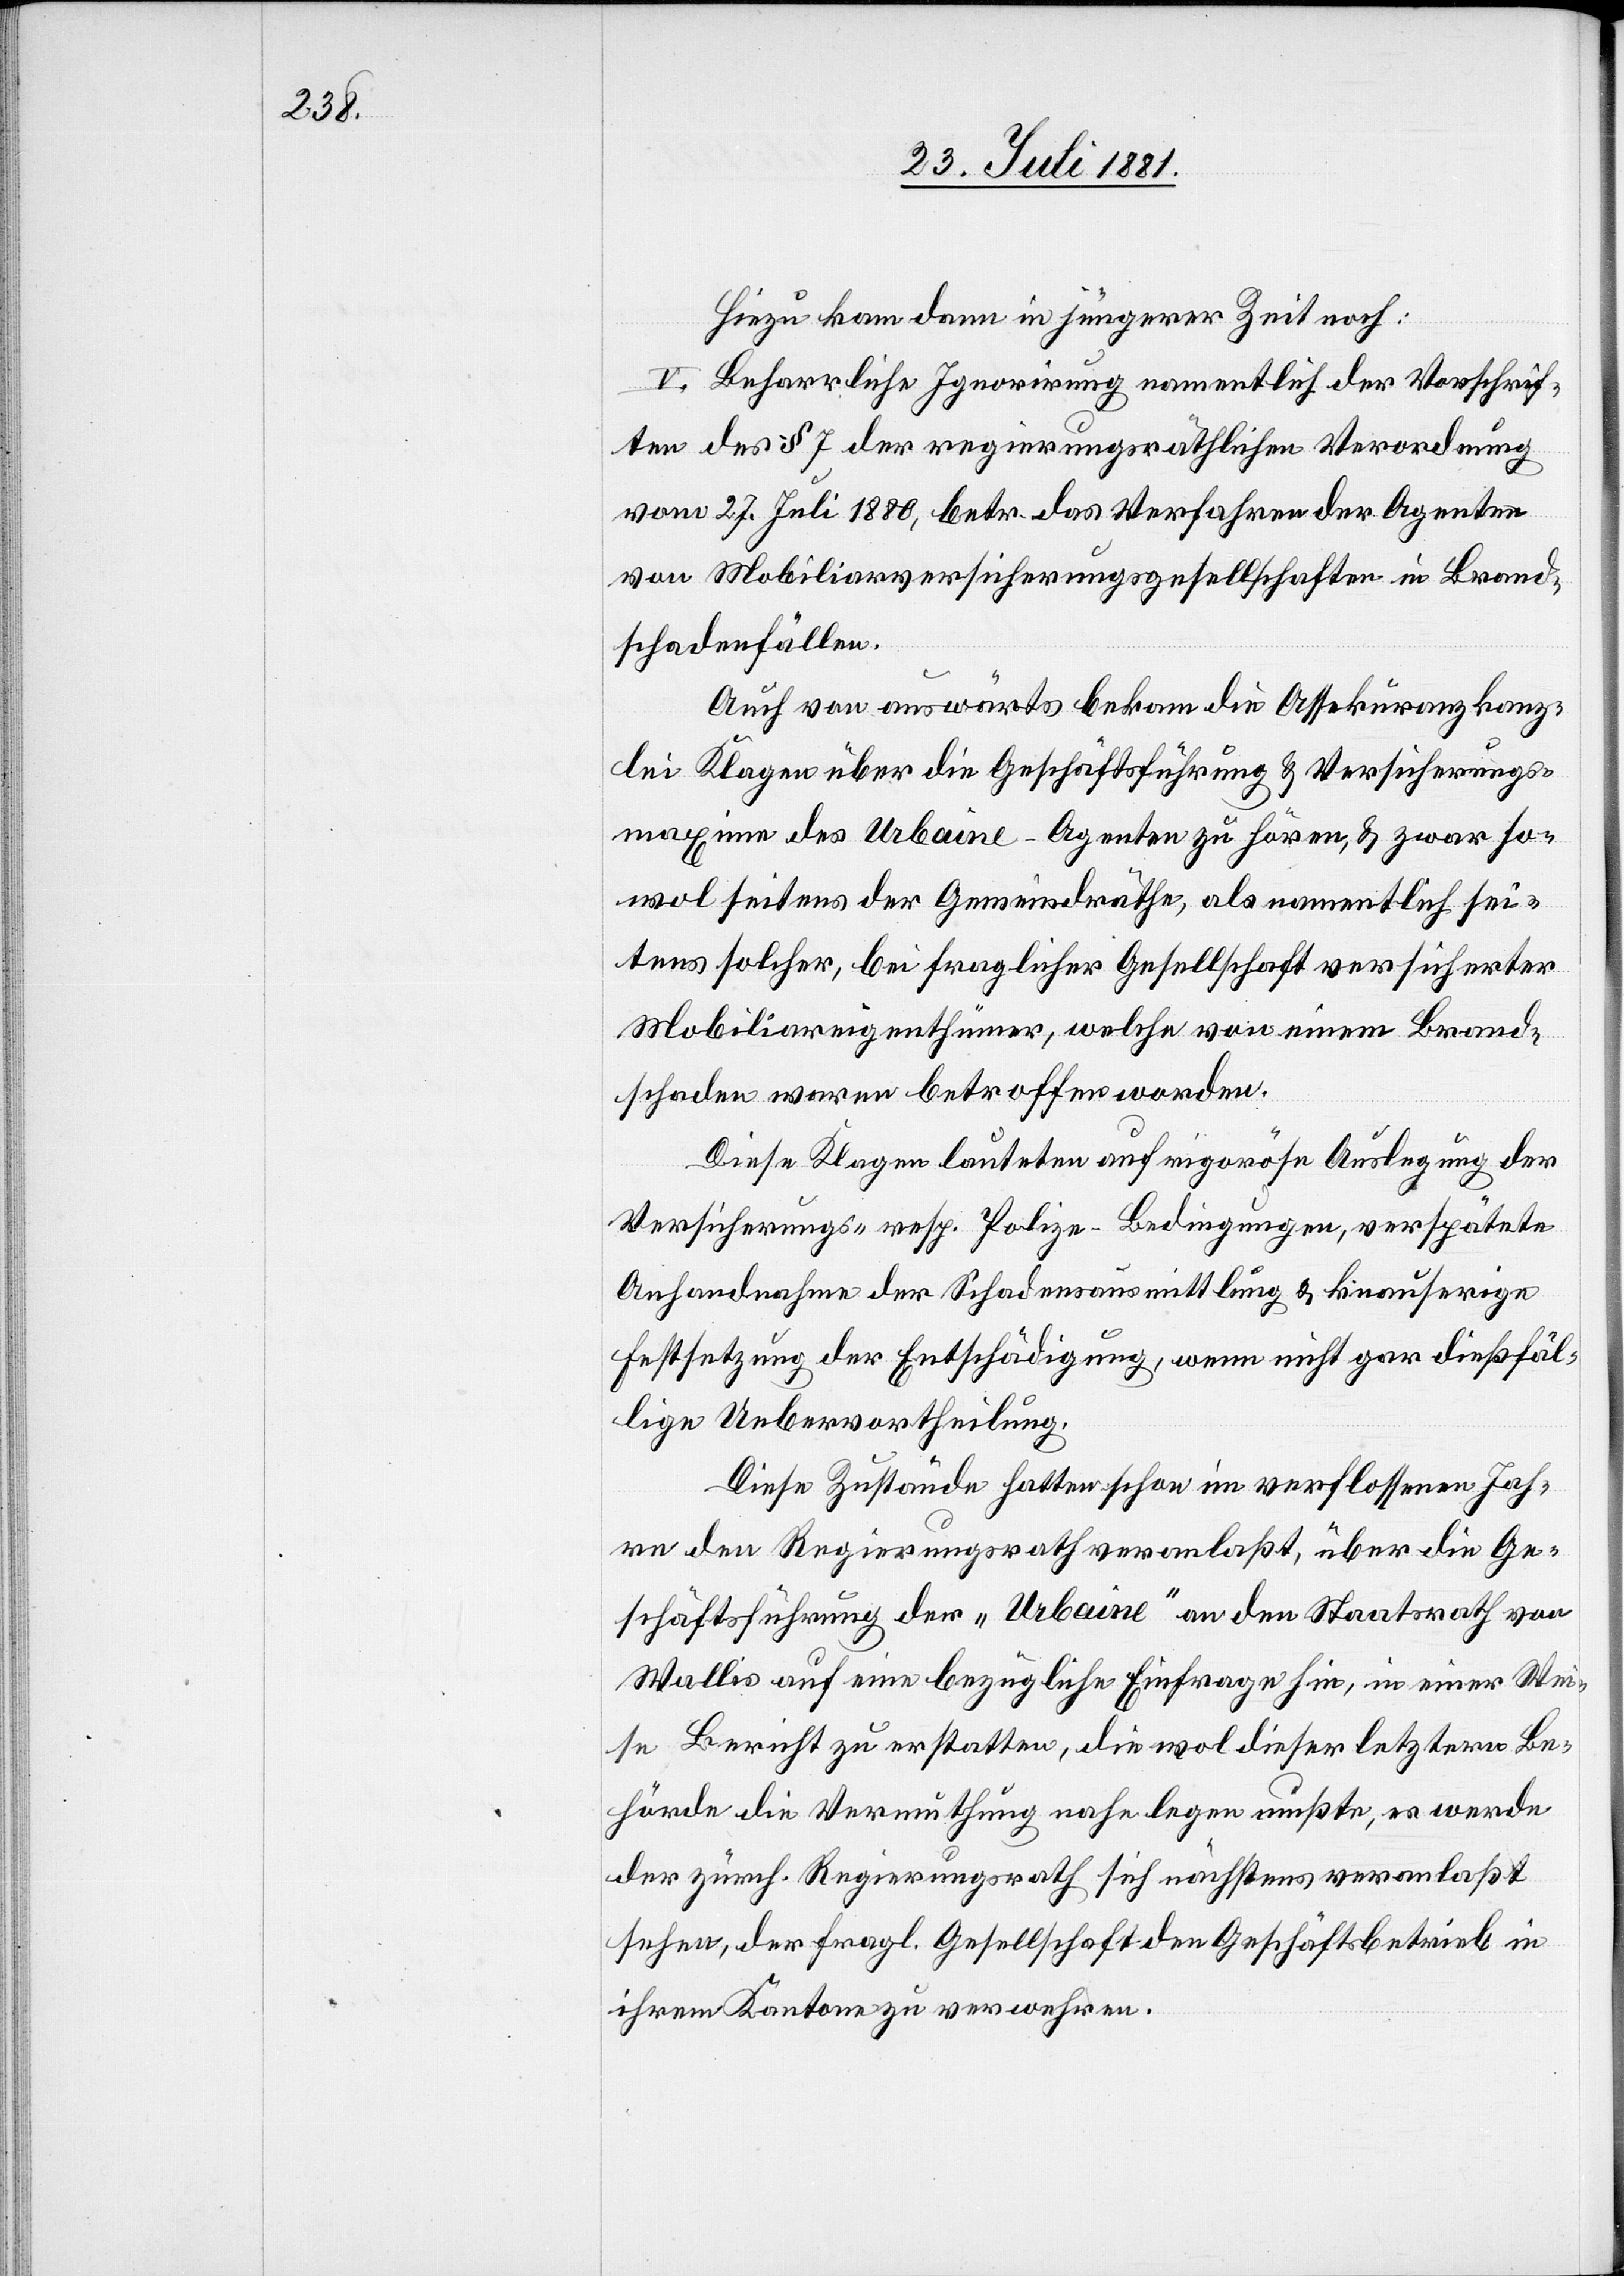
Hiezu kam dann in jüngerer Zeit noch:
V. Beharrliche Ignorirung namentlich der Vorschrif¬
ten des § 7 der regierungsräthlichen Verordnung
vom 27. Juli 1880, betr. das Verfahren der Agenten
von Mobiliarversicherungsgesellschaften in Brand¬
schadenfällen.
Auch von auswärts bekam die Assekuranzkanz¬
lei Klagen über die Geschäftsführung & Versicherungs¬
maxime des Urbaine-Agenten zu hören, & zwar so¬
wol seitens der Gemeindräthe, als namentlich sei¬
tens solcher, bei fraglicher Gesellschaft versicherter
Mobiliareigenthümer, welche von einem Brand¬
schaden waren betroffen worden.
Diese Klagen lauteten auf rigoröse Auslegung der
Versicherungs- resp. Polizei-Bedingungen, verspätete
Anhandnahme der Schadensausmittlung & knauserige
Festsetzung der Entschädigung, wenn nicht gar dießfäl¬
lige Uebervortheilung.
Diese Zustände hatten schon im verflossenen Jah¬
re den Regierungsrath veranlaßt, über die Ge¬
schäftsführung der „Urbaine“ an den Staatsrath von
Wallis auf eine bezügliche Einfrage hin, in einer Wei¬
se Bericht zu erstatten, die wol dieser letztern Be¬
hörde die Vermuthung nahe legen mußte, es werde
der zürch. Regierungsrath sich nächstens veranlaßt
sehen, der fragl. Gesellschaft den Geschäftsbetrieb in
ihrem Kantone zu verwehren.